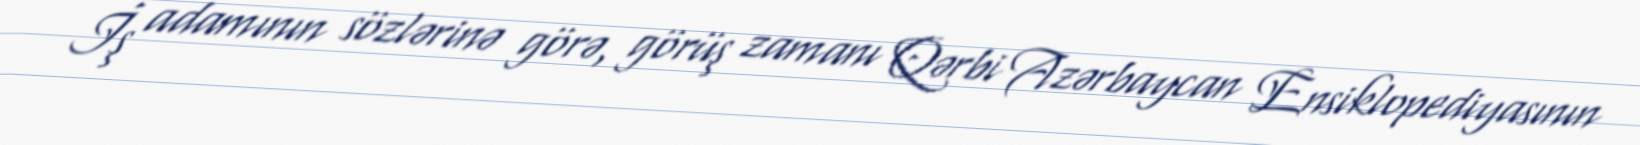
İş adamının sözlərinə görə, görüş zamanı Qərbi Azərbaycan Ensiklopediyasının